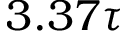
3 . 3 7 \tau